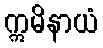
ဣမိနာယံ